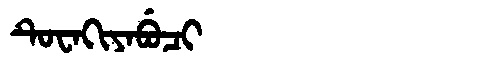
Manchu: ᡨᡠᠸᠠᡴᡳᠶᠠᠪᡠᠴᡳ
Romanization: TUWAKIYABUCI